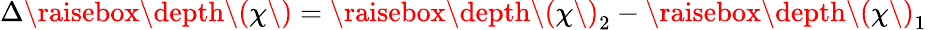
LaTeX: \Delta\raisebox{\depth}{\( \chi\) }=\raisebox{\depth}{\( \chi\) }_{2}-\raisebox{\depth}{\( \chi\) }_{1}